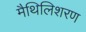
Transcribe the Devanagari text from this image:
मैथिलिशरण